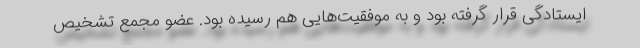
ایستادگی قرار گرفته بود و به موفقیت‌هایی هم رسیده بود. عضو مجمع تشخیص